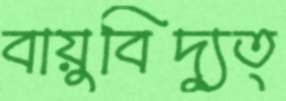
বায়ুবিদ্যুত্